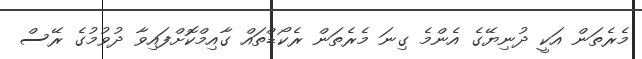
މެރެތަން އަކީ ދުނިޔޭގެ އެންމެ ގިނަ މެރެތަން ރެކޯޑްތައް ގާއިމްކޮށްފައިވާ ދުވުމުގެ ރޭސް